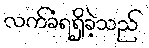
လက်ခံရရှိခဲ့သည်